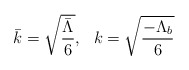
\begin{align*}\bar k=\sqrt{\frac{\bar\Lambda}{6}},\ \ k=\sqrt{\frac{-\Lambda_b}{6}}\end{align*}